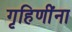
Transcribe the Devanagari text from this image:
गृहिणींना